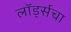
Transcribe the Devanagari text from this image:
लॉर्ड्सचा